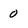
Character: 0